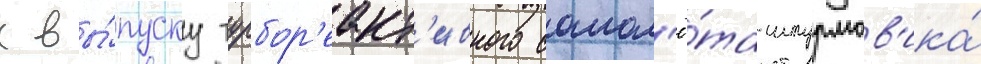
к вы́пуску турбор'еакт'ивного самол'ё́та-штурмов'ика́